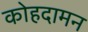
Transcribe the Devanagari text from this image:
कोहदामन